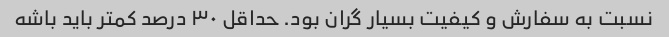
نسبت به سفارش و کیفیت بسیار گران بود. حداقل ۳۰ درصد کمتر باید باشه